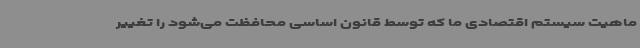
ماهیت سیستم اقتصادی ما که توسط قانون اساسی محافظت می‌شود را تغییر